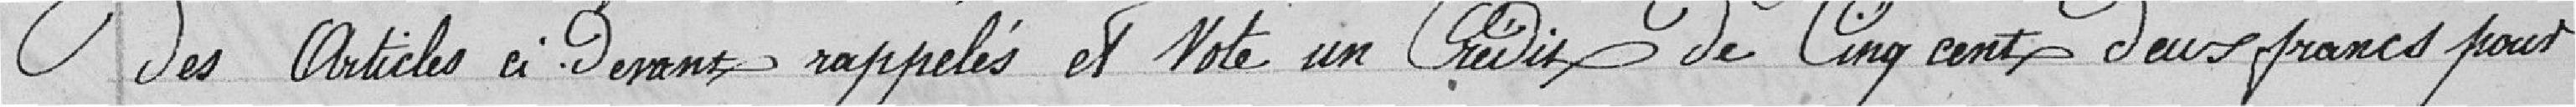
des articles ci-dessous, rappelés et vote un crédit de cinq cent deux francs pour